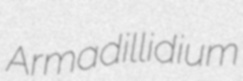
Armadillidium